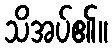
သိအပ်၏။